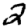
Digit: 2